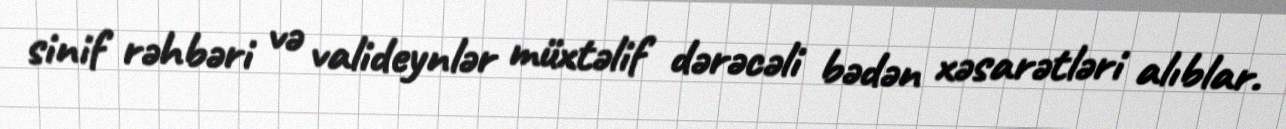
sinif rəhbəri və valideynlər müxtəlif dərəcəli bədən xəsarətləri alıblar.